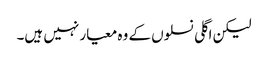
لیکن اگلی نسلوں کے وہ معیار نہیں ہیں۔